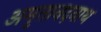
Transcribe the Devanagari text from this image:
अमृतानदनाथ